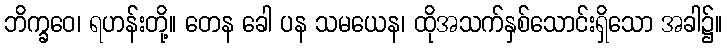
ဘိက္ခဝေ၊ ရဟန်းတို့။ တေန ခေါ ပန သမယေန၊ ထိုအသက်နှစ်သောင်းရှိသော အခါ၌။